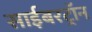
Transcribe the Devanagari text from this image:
साईबरट्राॅन